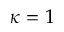
\kappa = 1